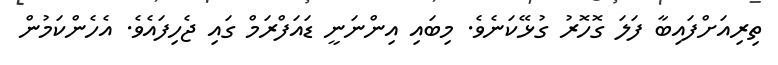
ތިރިއަށްފައިބާ ފަލަ ގޮހޮރު ގުޅޭކަނެވެ. މިބައި އިންނަނީ ޑައަފްރަމް ގައި ޖެހިފައެވެ. އެހެންކަމުން